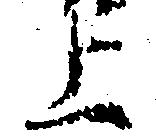
上